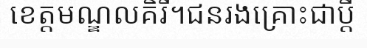
ខេត្តមណ្ឌលគិរី។ជនរងគ្រោះជាប្តី